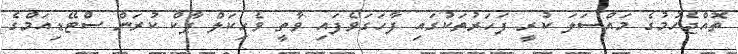
ތޮއްޖެހުމުގެ މައްސަލަ ކުރީ ފަހަރުތަކުގައި ފާހަގަވެފައި ވާތީ ވެހިކަލް ޕާކް ކުރަން ސްޓޭޑިއަމްގެ